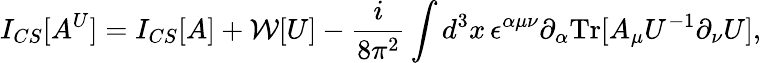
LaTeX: I_{CS}[A^{U}]=I_{CS}[A]+{\cal W}[U]-\frac{i}{8\pi^{2}}\int d^{3}x\, \epsilon^{\alpha\mu\nu}\partial_{\alpha}\mathrm{Tr}[A_{\mu}U^{-1}\partial_{\nu}U],